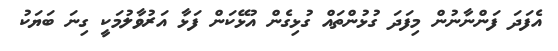
އެފަދަ ފަންނާނުން މިފަދަ ގުޅުންތައް ގުޅިގެން އުޅޭކަން ފަޅާ އަރުވާލުމަކީ ގިނަ ބަޔަކު